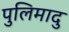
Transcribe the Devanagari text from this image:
पुलिमादु